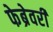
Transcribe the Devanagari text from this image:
फेब्रेवरी